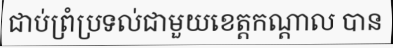
ជាប់ព្រំប្រទល់ជាមួយខេត្តកណ្តាល បាន